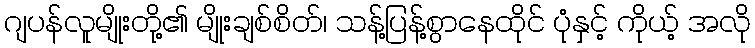
ဂျပန်လူမျိုးတို့၏ မျိုးချစ်စိတ်၊ သန့်ပြန့်စွာနေထိုင် ပုံနှင့် ကိုယ့် အလို